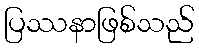
ပြဿနာဖြစ်သည်